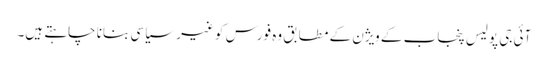
آئی جی پولیس پنجاب کے ویژن کے مطابق وہ فورس کو غیر سیاسی بنانا چاہتے ہیں۔